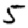
Digit: 5